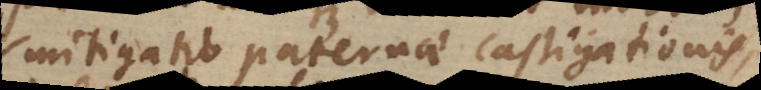
mitigatio paternae castigationis,